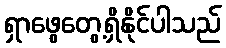
ရှာဖွေတွေ့ရှိနိုင်ပါသည်